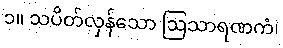
၁။ သပိတ်လှန်သော ဩသာရဏကံ၊